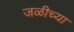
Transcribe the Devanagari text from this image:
जळीच्या